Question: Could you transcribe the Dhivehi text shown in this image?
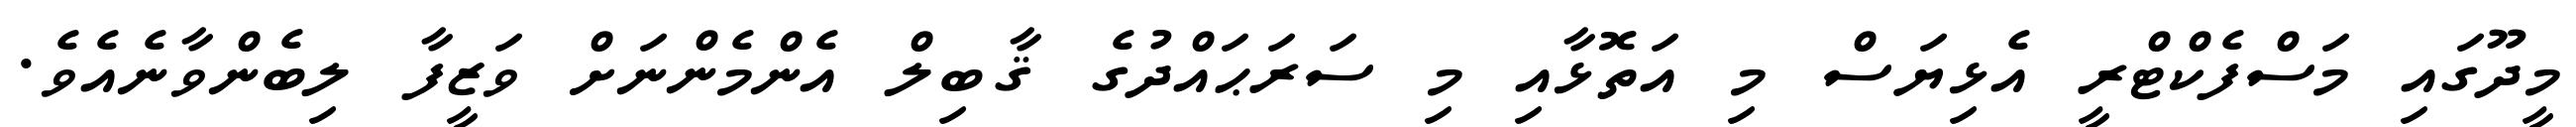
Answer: މީދޫގައި މަސްފެކްޓްރީ އެޅިޔަސް މި އަތޮޅާއި މި ސަރަޙައްދުގެ ޤާބިލް އެންމެންނަށް ވަޒީފާ ލިބެންވާނެއެވެ.